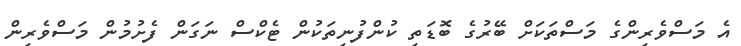
އެ މަސްވެރިންގެ މަސްތަކަށް ބޭރުގެ ބޮޑަތި ކުންފުނިތަކުން ޓެކްސް ނަގަން ފެށުމުން މަސްވެރިން